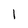
Character: 1